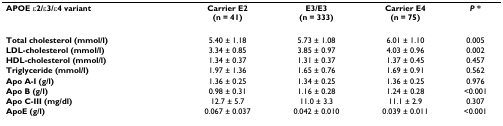
| APOE ε2/ε3/ε4 variant | Carrier E2(n = 41) | E3/E3(n = 333) | Carrier E4(n = 75) | P * |
 | --- | --- | --- | --- | --- |
 | Total cholesterol (mmol/l) | 5.40 ± 1.18 | 5.73 ± 1.08 | 6.01 ± 1.10 | 0.005 |
 | LDL-cholesterol (mmol/l) | 3.34 ± 0.85 | 3.85 ± 0.97 | 4.03 ± 0.96 | 0.002 |
 | HDL-cholesterol (mmol/l) | 1.34 ± 0.37 | 1.31 ± 0.37 | 1.37 ± 0.45 | 0.457 |
 | Triglyceride (mmol/l) | 1.97 ± 1.36 | 1.65 ± 0.76 | 1.69 ± 0.91 | 0.562 |
 | Apo A-I (g/l) | 1.36 ± 0.25 | 1.34 ± 0.25 | 1.36 ± 0.25 | 0.976 |
 | Apo B (g/l) | 0.98 ± 0.31 | 1.16 ± 0.28 | 1.24 ± 0.28 | <0.001 |
 | Apo C-III (mg/dl) | 12.7 ± 5.7 | 11.0 ± 3.3 | 11.1 ± 2.9 | 0.307 |
 | ApoE (g/l) | 0.067 ± 0.037 | 0.042 ± 0.010 | 0.039 ± 0.011 | <0.001 |